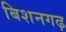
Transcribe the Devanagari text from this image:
बिशनगढ़